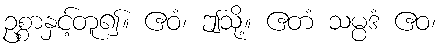
ဥစ္စာနှင့်တူ၍။ ဧဝံ၊ ဤသို့။ ဧတံ သမ္ပဒံ ဧဝ၊